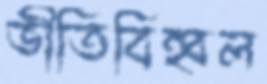
ভীতিবিহ্বল